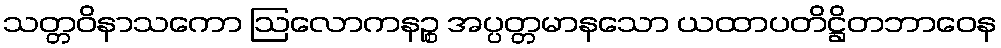
သတ္တဝိနာသကော ဩလောကနဉ္စ အပ္ပတ္တမာနသော ယထာပတိဋ္ဌိတဘာဝေန